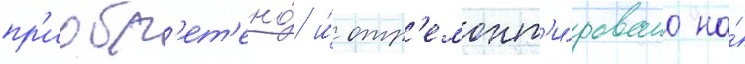
пр'иобр'ет'ено́ и́ отр'емонт'и́ровано на́